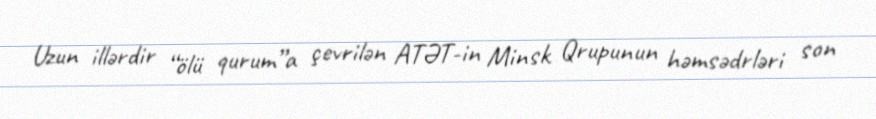
Uzun illərdir “ölü qurum”a çevrilən ATƏT-in Minsk Qrupunun həmsədrləri son